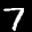
Label: 7